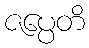
ဇပ္ပေတိ